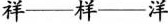
祥-样-洋